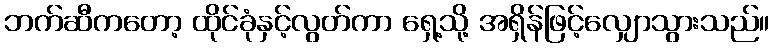
ဘက်ဆီကတော့ ထိုင်ခုံနှင့်လွတ်ကာ ရှေ့သို့ အရှိန်ဖြင့်လျှောသွားသည်။